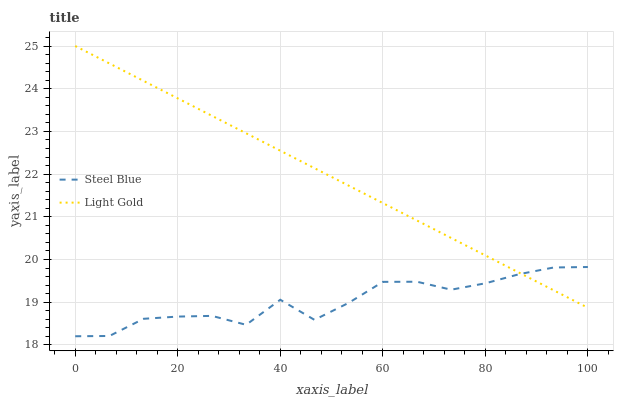
| xaxis_label | Steel Blue | Light Gold |
 | --- | --- | --- |
 | 0 | 18.2 | 25 |
 | 6.67 | 18.2 | 24.6 |
 | 13.3 | 18.6 | 24.2 |
 | 20 | 18.7 | 23.8 |
 | 26.7 | 18.7 | 23.4 |
 | 33.3 | 18.5 | 23 |
 | 40 | 19.1 | 22.5 |
 | 46.7 | 18.6 | 22.1 |
 | 53.3 | 19 | 21.7 |
 | 60 | 19.5 | 21.3 |
 | 66.7 | 19.5 | 20.9 |
 | 73.3 | 19.3 | 20.5 |
 | 80 | 19.4 | 20.1 |
 | 86.7 | 19.7 | 19.7 |
 | 93.3 | 19.8 | 19.3 |
 | 100 | 19.8 | 18.9 |